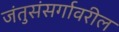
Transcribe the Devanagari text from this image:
जंतुसंसर्गावरील